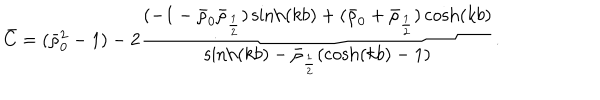
\bar { C } = ( \bar { \rho } _ { 0 } ^ { 2 } - 1 ) - 2 \frac { ( - 1 - \bar { \rho } _ { 0 } \bar { \rho } _ { \frac 1 2 } ) \sinh ( k b ) + ( \bar { \rho } _ { 0 } + \bar { \rho } _ { \frac 1 2 } ) \cosh ( k b ) } { \sinh ( k b ) - \bar { \rho } _ { \frac 1 2 } ( \cosh ( k b ) - 1 ) } .